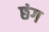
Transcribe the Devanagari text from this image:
छंग